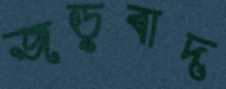
জড়বাদ